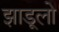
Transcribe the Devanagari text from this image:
झाडूलो